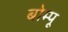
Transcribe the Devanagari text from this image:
बोम्पू